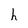
Character: h